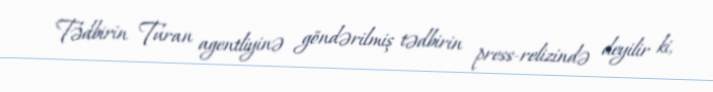
Tədbirin Turan agentliyinə göndərilmiş tədbirin press-relizində deyilir ki,